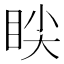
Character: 𱲱